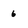
Character: 6